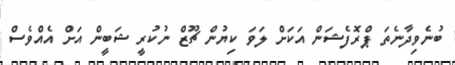
ބުނެވިދާނެތަ ޕްރޮފެޝަން އަކަށް ލަވަ ކިޔުން ޗޫޒް ނުކުރީ ޝަބީން އަށް އެއްވެސް